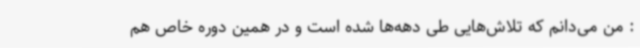
: من می‌دانم که تلاش‌هایی طی دهه‌ها شده است و در همین دوره خاص هم